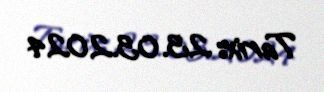
Tarix: 23.03.2024